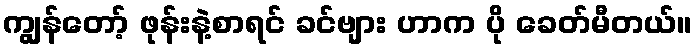
ကျွန်တော့် ဖုန်းနဲ့စာရင် ခင်ဗျား ဟာက ပို ခေတ်မီတယ်။